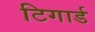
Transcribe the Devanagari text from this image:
टिगार्ड